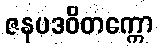
ဇနပဒဝိတက္ကော